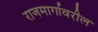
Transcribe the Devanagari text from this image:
राजमार्गावरील